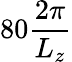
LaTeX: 80\frac{2\pi}{L_{z}}